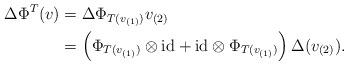
LaTeX: \begin{align*}\Delta\Phi^T(v)&=\Delta \Phi_{T(v_{(1)})}v_{(2)}\\&= \left(\Phi_{T(v_{(1)})}\otimes\mathrm{id} + \mathrm{id}\otimes \Phi_{T(v_{(1)})}\right)\Delta (v_{(2)}).\end{align*}